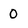
Character: 0